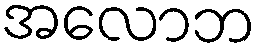
အလောဘ